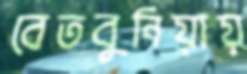
বেতবুনিয়ায়